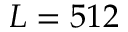
L = 5 1 2